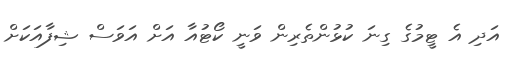
އަދި އެ ޓީމުގެ ގިނަ ކުޅުންތެރިން ވަނީ ކޯޓުއާ އަށް އަވަސް ޝިފާއަކަށް